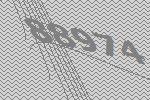
88974